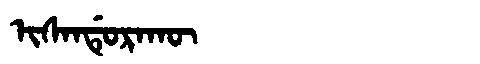
Manchu: ᡳᠰᠠᠨᡩᡠᡵᠠᡴᡡ
Romanization: ISANDURAKŪ